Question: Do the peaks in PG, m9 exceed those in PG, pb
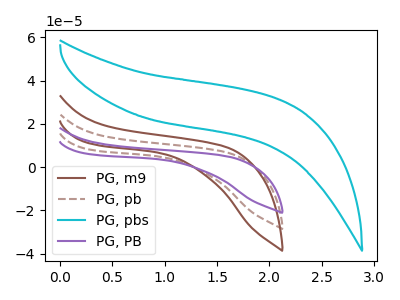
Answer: <think>The brown curve "PG, m9" has no peaks. The brown dashed curve "PG, pb" has no peaks. The cyan curve "PG, pbs" has no peaks. The purple curve "PG, PB" has no peaks.</think>
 <answer>Niether CV has any peaks.</answer>
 <eval>blanks</eval>